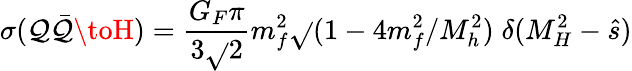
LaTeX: \sigma(\mathcal{Q}\bar{{\mathcal{Q}}}\toH)=\frac{{G_{F}\pi}}{{3\sqrt{}{{2}}}}m_{f}^{2}\sqrt{}{{(1-4m_{f}^{2}/M_{h}^{2})}}\; \delta(M_{H}^{2}-\hat{{s}})